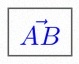
\vec{AB}